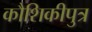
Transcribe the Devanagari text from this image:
कौशिकीपुत्र